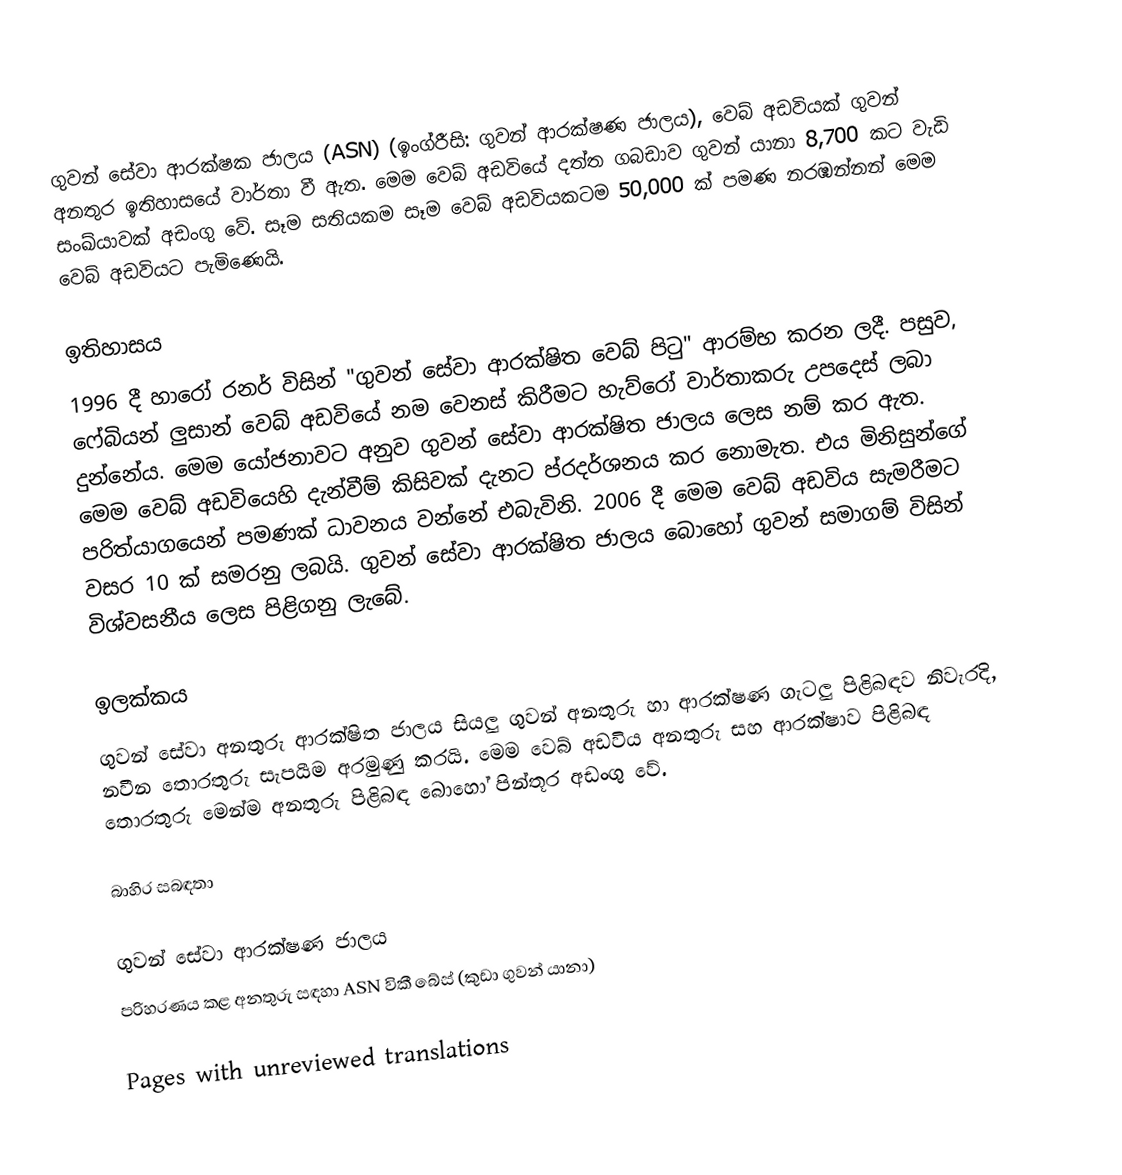
ගුවන් සේවා ආරක්ෂක ජාලය (ASN) (ඉංග්රීසි: ගුවන් ආරක්ෂණ ජාලය), වෙබ් අඩවියක් ගුවන් අනතුර ඉතිහාසයේ වාර්තා වී ඇත. මෙම වෙබ් අඩවියේ දත්ත ගබඩාව ගුවන් යානා 8,700 කට වැඩි සංඛ්යාවක් අඩංගු වේ. සෑම සතියකම සෑම වෙබ් අඩවියකටම 50,000 ක් පමණ නරඹන්නන් මෙම වෙබ් අඩවියට පැමිණෙයි.

ඉතිහාසය
1996 දී හාරෝ රනර් විසින් "ගුවන් සේවා ආරක්ෂිත වෙබ් පිටු" ආරම්භ කරන ලදී. පසුව, ෆේබියන් ලුසාන් වෙබ් අඩවියේ නම වෙනස් කිරීමට හැව්රෝ වාර්තාකරු උපදෙස් ලබා දුන්නේය. මෙම යෝජනාවට අනුව ගුවන් සේවා ආරක්ෂිත ජාලය ලෙස නම් කර ඇත. මෙම වෙබ් අඩවියෙහි දැන්වීම් කිසිවක් දැනට ප්රදර්ශනය කර නොමැත. එය මිනිසුන්ගේ පරිත්යාගයෙන් පමණක් ධාවනය වන්නේ එබැවිනි. 2006 දී මෙම වෙබ් අඩවිය සැමරීමට වසර 10 ක් සමරනු ලබයි. ගුවන් සේවා ආරක්ෂිත ජාලය බොහෝ ගුවන් සමාගම් විසින් විශ්වසනීය ලෙස පිළිගනු ලැබේ.

ඉලක්කය
ගුවන් සේවා අනතුරු ආරක්ෂිත ජාලය සියලු ගුවන් අනතුරු හා ආරක්ෂණ ගැටලු පිළිබඳව නිවැරදි, නවීන තොරතුරු සැපයීම අරමුණු කරයි. මෙම වෙබ් අඩවිය අනතුරු සහ ආරක්ෂාව පිළිබඳ තොරතුරු මෙන්ම අනතුරු පිළිබඳ බොහෝ පින්තූර අඩංගු වේ.

බාහිර සබඳතා

 ගුවන් සේවා ආරක්ෂණ ජාලය
 පරිහරණය කළ අනතුරු සඳහා ASN විකී බේස් (කුඩා ගුවන් යානා)

Pages with unreviewed translations